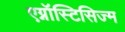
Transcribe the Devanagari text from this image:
एग्नॉस्टिसिज्म